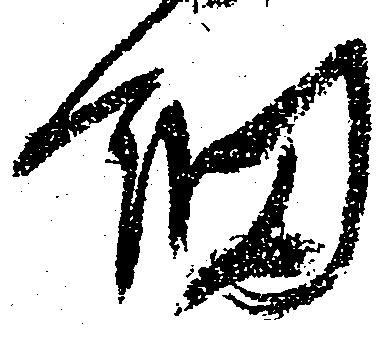
細